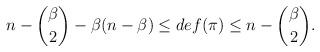
LaTeX: \begin{align*}n-\binom\beta2-\beta(n-\beta)\leq{def(\pi)\leq{n}}-\binom\beta2.\end{align*}